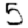
Digit: 5